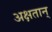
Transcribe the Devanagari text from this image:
अक्षतान्